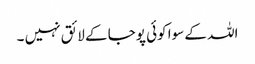
اللہ کے سوا کوئی پوجا کے لائق نہیں ۔